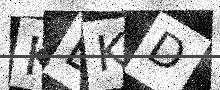
Text: KBKD